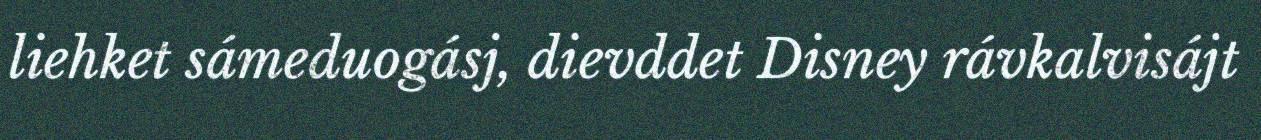
liehket sámeduogásj, dievddet Disney rávkalvisájt